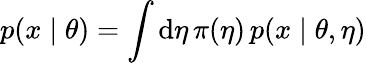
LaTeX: p(x\mid\theta)=\int\mathrm d\eta\, \pi(\eta)\, p(x\mid\theta,\eta)